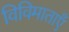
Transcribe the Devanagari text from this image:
विविमाताएँ